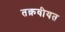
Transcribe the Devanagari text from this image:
तक़वीयत